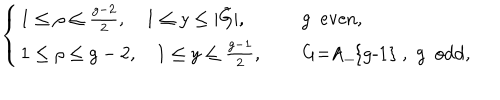
\left\{ \begin{array} { l l } { { 1 \leq \rho \leq \frac { g - 2 } { 2 } , \quad 1 \leq y \leq | \tilde { G } | , } } & { { \quad \mathrm { ~ g ~ e v e n } , } } \\ { { 1 \leq \rho \leq g - 2 , \quad 1 \leq y \leq \frac { g - 1 } { 2 } , } } & { { \quad \mathrm { ~ G = A _ { g - 1 } ~ , ~ g ~ o d d , } } } \\ \end{array} \right.